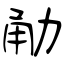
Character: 勈